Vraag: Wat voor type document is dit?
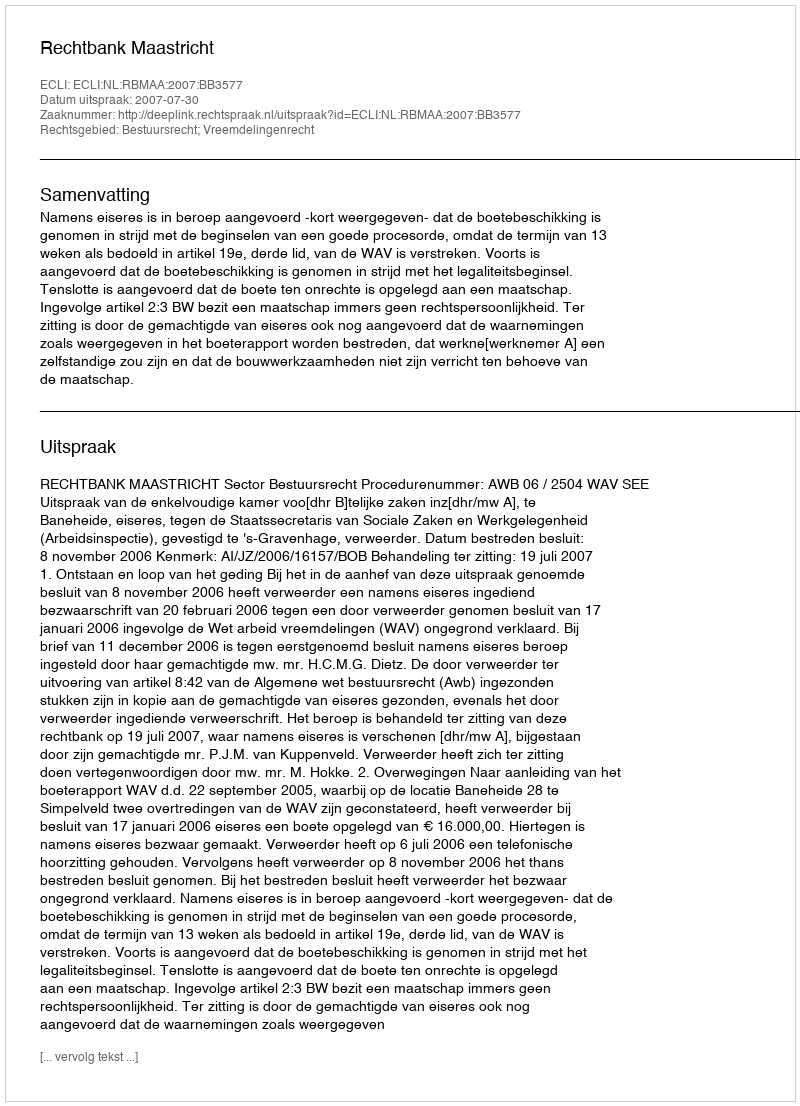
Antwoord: Uitspraak